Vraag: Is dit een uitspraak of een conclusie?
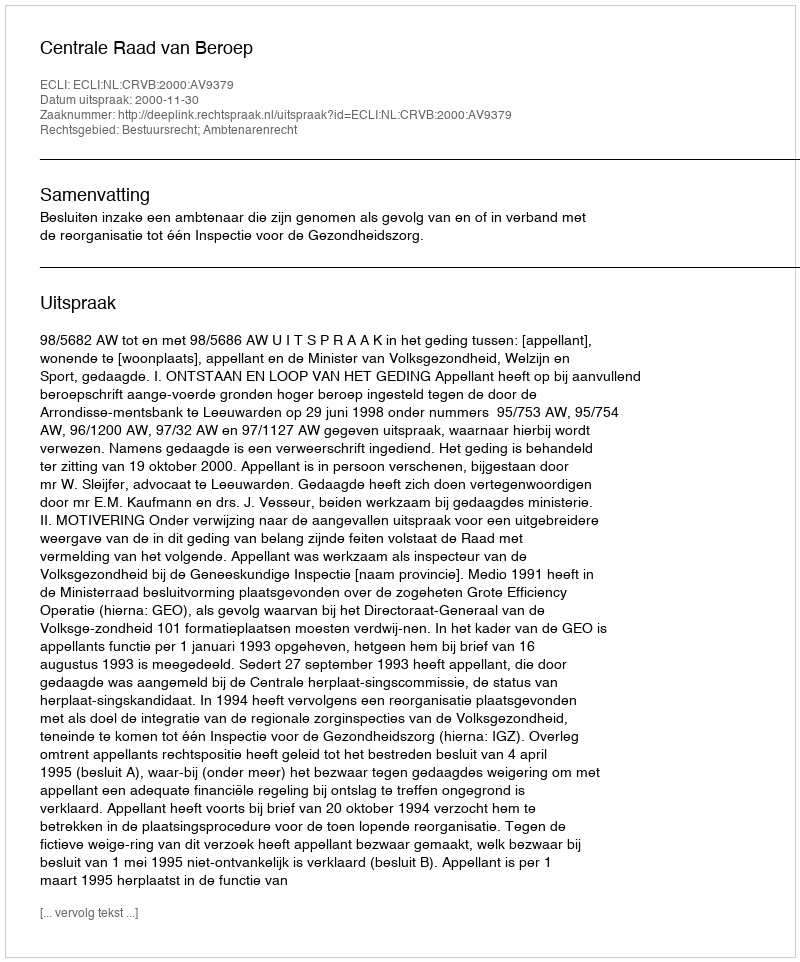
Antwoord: Uitspraak